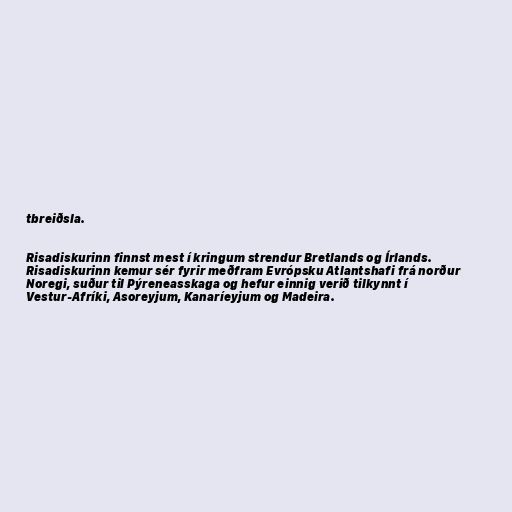
tbreiðsla.

Risadiskurinn finnst mest í kringum strendur Bretlands og Írlands.
Risadiskurinn kemur sér fyrir meðfram Evrópsku Atlantshafi frá norður
Noregi, suður til Pýreneasskaga og hefur einnig verið tilkynnt í
Vestur-Afríki, Asoreyjum, Kanaríeyjum og Madeira.